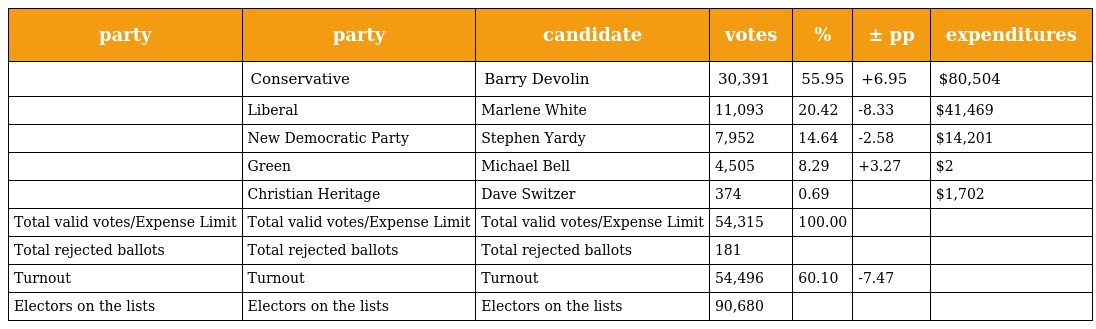
| party | party | candidate | votes | % | ± pp | expenditures |
 | --- | --- | --- | --- | --- | --- | --- |
 |  | Conservative | Barry Devolin | 30,391 | 55.95 | +6.95 | $80,504 |
 |  | Liberal | Marlene White | 11,093 | 20.42 | -8.33 | $41,469 |
 |  | New Democratic Party | Stephen Yardy | 7,952 | 14.64 | -2.58 | $14,201 |
 |  | Green | Michael Bell | 4,505 | 8.29 | +3.27 | $2 |
 |  | Christian Heritage | Dave Switzer | 374 | 0.69 |  | $1,702 |
 | Total valid votes/Expense Limit | Total valid votes/Expense Limit | Total valid votes/Expense Limit | 54,315 | 100.00 |  |  |
 | Total rejected ballots | Total rejected ballots | Total rejected ballots | 181 |  |  |  |
 | Turnout | Turnout | Turnout | 54,496 | 60.10 | -7.47 |  |
 | Electors on the lists | Electors on the lists | Electors on the lists | 90,680 |  |  |  |